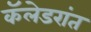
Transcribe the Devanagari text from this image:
कॅलेडरांत